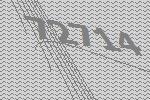
72714